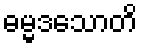
ဓမ္မဒသောတိ